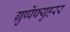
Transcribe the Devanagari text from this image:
ग्रुप्पेंफ्युहरर